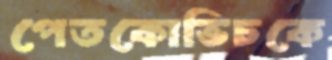
পেতকোভিচকে